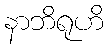
နာဘိရုဟိ